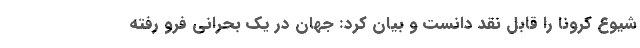
شیوع کرونا را قابل نقد دانست و بیان کرد: جهان در یک بحرانی فرو رفته